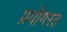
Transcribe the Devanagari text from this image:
प्रयोगरत